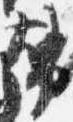
幣